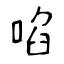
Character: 啗